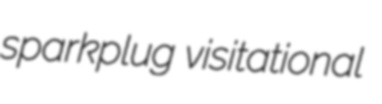
sparkplug visitational